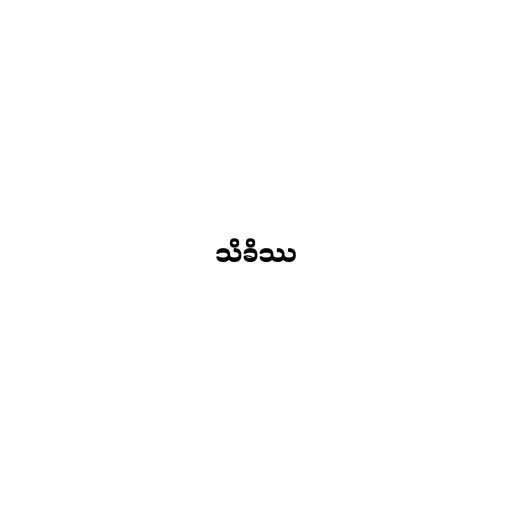
သိခိဿ